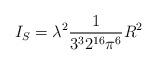
LaTeX: \begin{align*}I_S = \lambda^2 \frac{1}{3^32^{16}\pi^6}R^2\end{align*}